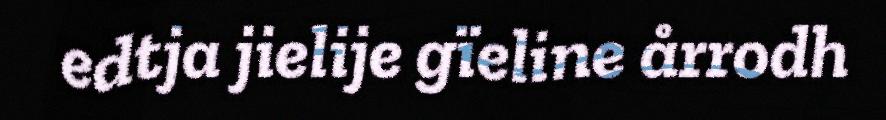
edtja jielije gïeline årrodh